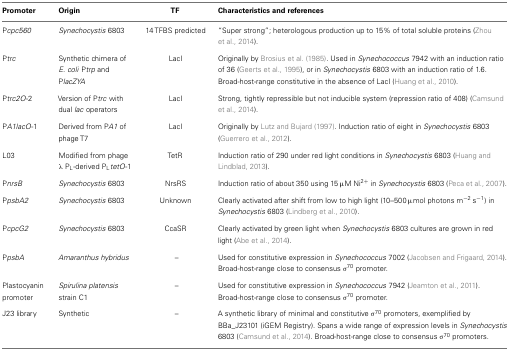
<table><thead><tr><td><b>Promoter</b></td><td><b>Origin</b></td><td><b>TF</b></td><td><b>Characteristics and references</b></td></tr></thead><tbody><tr><td>P<i>cpc560</i></td><td><i>Synechocystis</i> 6803</td><td>14 TFBS predicted</td><td>“Super strong”; heterologous production up to 15% of total soluble proteins (Zhou et al., 2014).</td></tr><tr><td>P<i>trc</i></td><td>Synthetic chimera of <i>E. coli</i> P<i>trp</i> and P<i>lacZYA</i></td><td>LacI</td><td>Originally by Brosius et al. (1985). Used in <i>Synechococcus</i> 7942 with an induction ratio of 36 (Geerts et al., 1995), or in <i>Synechocystis</i> 6803 with an induction ratio of 1.6. Broad-host-range constitutive in the absence of LacI (Huang et al., 2010).</td></tr><tr><td>P<i>trc2O</i>-2</td><td>Version of P<i>trc</i> with dual <i>lac</i> operators</td><td>LacI</td><td>Strong, tightly repressible but not inducible system (repression ratio of 408) (Camsund et al., 2014).</td></tr><tr><td>P<i>A1lacO</i>-1</td><td>Derived from P<i>A1</i> of phage T7</td><td>LacI</td><td>Originally by Lutz and Bujard (1997). Induction ratio of eight in <i>Synechocystis</i> 6803 (Guerrero et al., 2012).</td></tr><tr><td>L03</td><td>Modified from phage λ P<sub>L</sub>-derived P<sub>L</sub><i>tetO</i>-1</td><td>TetR</td><td>Induction ratio of 290 under red light conditions in <i>Synechocystis</i> 6803 (Huang and Lindblad, 2013).</td></tr><tr><td>P<i>nrsB</i></td><td><i>Synechocystis</i> 6803</td><td>NrsRS</td><td>Induction ratio of about 350 using 15 μM Ni<sup>2+</sup> in <i>Synechocystis</i> 6803 (Peca et al., 2007).</td></tr><tr><td>P<i>psbA2</i></td><td><i>Synechocystis</i> 6803</td><td>Unknown</td><td>Clearly activated after shift from low to high light (10–500 μmol photons m<sup>−2</sup> s<sup>−1</sup>) in <i>Synechocystis</i> 6803 (Lindberg et al., 2010).</td></tr><tr><td>P<i>cpcG2</i></td><td><i>Synechocystis</i> 6803</td><td>CcaSR</td><td>Clearly activated by green light when <i>Synechocystis</i> 6803 cultures are grown in red light (Abe et al., 2014).</td></tr><tr><td>P<i>psbA</i></td><td><i>Amaranthus hybridus</i> </td><td>–</td><td>Used for constitutive expression in <i>Synechococcus</i> 7002 (Jacobsen and Frigaard, 2014). Broad-host-range close to consensus σ<sup>70</sup> promoter.</td></tr><tr><td>Plastocyanin promoter</td><td><i>Spirulina platensis</i> strain C1</td><td>–</td><td>Used for constitutive expression in <i>Synechococcus</i> 7942 (Jeamton et al., 2011). Broad-host-range close to consensus σ<sup>70</sup> promoter.</td></tr><tr><td>J23 library</td><td>Synthetic</td><td>–</td><td>A synthetic library of minimal and constitutive σ<sup>70</sup> promoters, exemplified by BBa_J23101 (iGEM Registry). Spans a wide range of expression levels in <i>Synechocystis</i> 6803 (Camsund et al., 2014). Broad-host-range close to consensus σ<sup>70</sup> promoters.</td></tr></tbody></table>